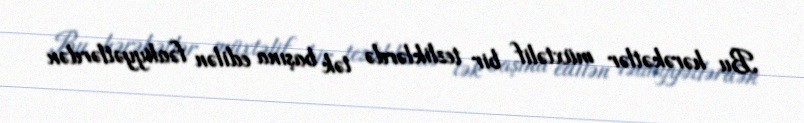
Bu hərəkətlər müxtəlif bir tezliklərdə tək başına edilən fəaliyyətlərdən